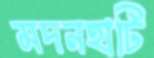
মদনহাটি